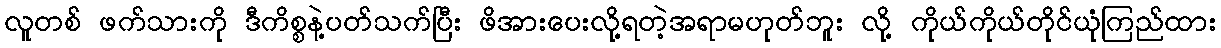
လူတစ် ဖက်သားကို ဒီကိစ္စနဲ့ပတ်သက်ပြီး ဖိအားပေးလို့ရတဲ့အရာမဟုတ်ဘူး လို့ ကိုယ်ကိုယ်တိုင်ယုံကြည်ထား